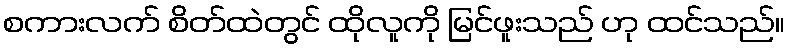
စကားလက် စိတ်ထဲတွင် ထိုလူကို မြင်ဖူးသည် ဟု ထင်သည်။